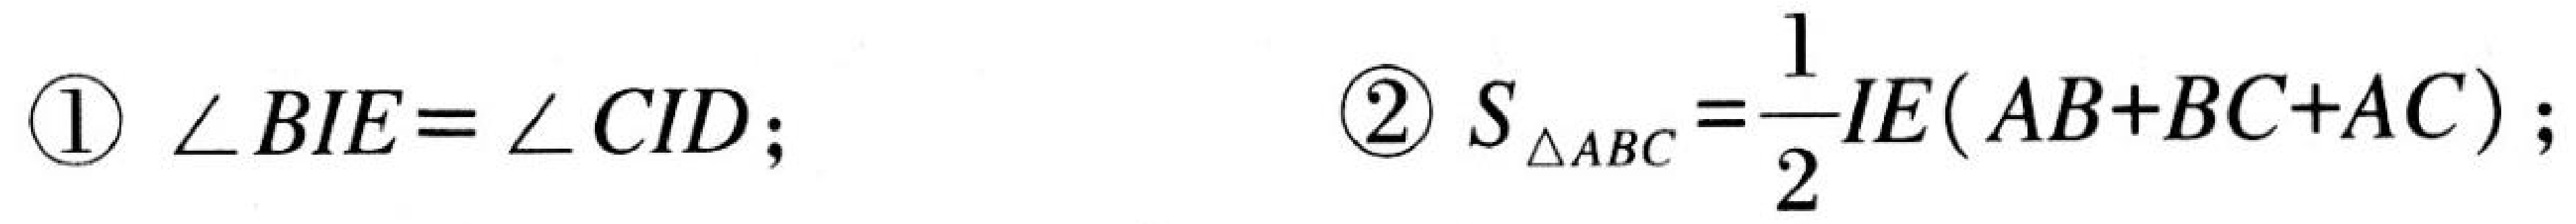
\(\textcircled{1}\ \angle BIE=\angle CID;\)  \(\textcircled{2}\ S_{\triangle ABC}=\frac{1}{2}IE(AB + BC + AC);\)